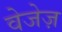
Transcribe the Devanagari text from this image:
वेजेज़